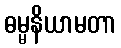
ဓမ္မနိယာမတာ